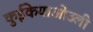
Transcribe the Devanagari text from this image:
कुईकेयाओउली